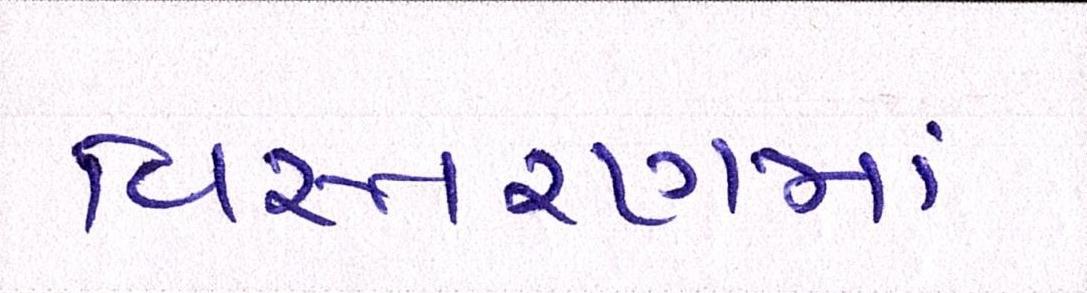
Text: વિસ્તરણમાં